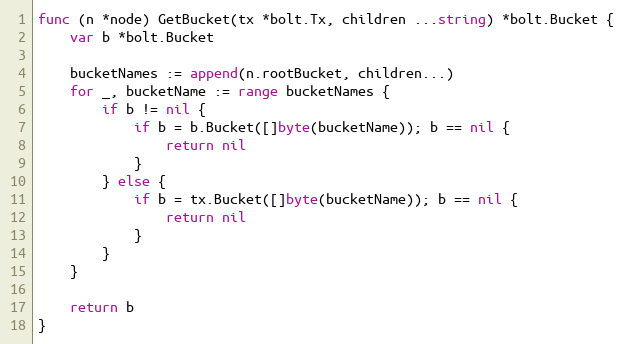
Language: Go
func (n *node) GetBucket(tx *bolt.Tx, children ...string) *bolt.Bucket {
	var b *bolt.Bucket

	bucketNames := append(n.rootBucket, children...)
	for _, bucketName := range bucketNames {
		if b != nil {
			if b = b.Bucket([]byte(bucketName)); b == nil {
				return nil
			}
		} else {
			if b = tx.Bucket([]byte(bucketName)); b == nil {
				return nil
			}
		}
	}

	return b
}